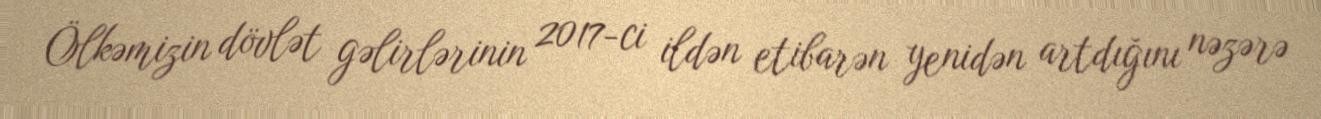
Ölkəmizin dövlət gəlirlərinin 2017-ci ildən etibarən yenidən artdığını nəzərə